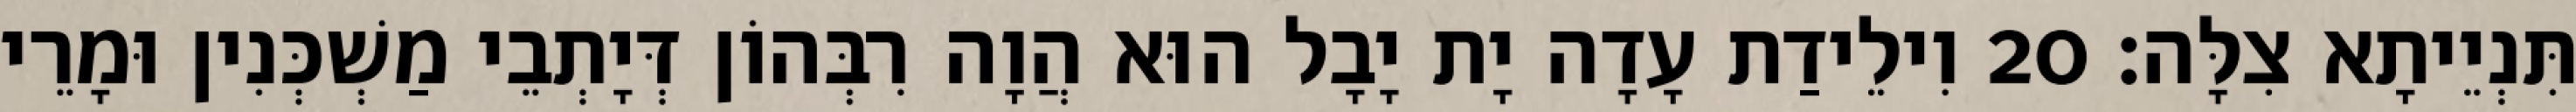
תִּנְיֵיתָא צִלָּה׃ 20 וִילֵידַת עָדָה יָת יָבָל הוּא הֲוָה רִבְּהוֹן דְּיָתְבֵי מַשְׁכְּנִין וּמָרֵי